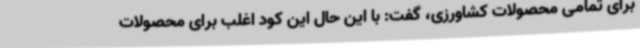
برای تمامی محصولات کشاورزی، گفت: با این حال این کود اغلب برای محصولات